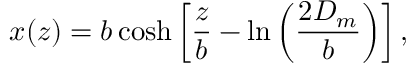
x ( z ) = b \cosh \left[ \frac { z } { b } - \ln \left( \frac { 2 D _ { m } } { b } \right) \right] ,